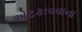
એટકાવવાના